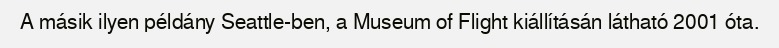
A másik ilyen példány Seattle-ben, a Museum of Flight kiállításán látható 2001 óta.